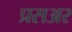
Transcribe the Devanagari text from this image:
प्रसअर